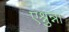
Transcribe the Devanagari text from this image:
एश्नुन्ना